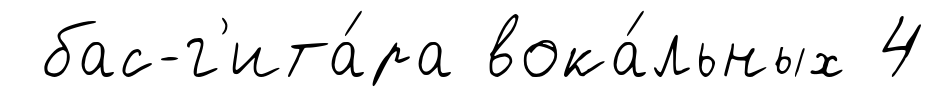
бас-г'ита́ра вока́льных 4